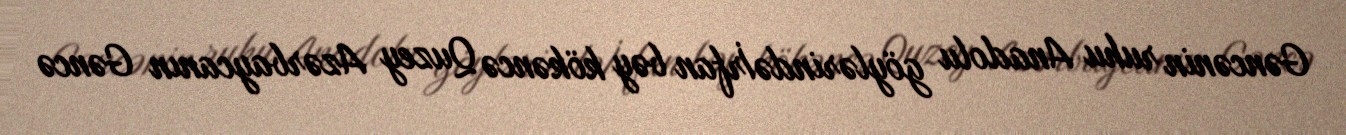
Gəncənin ruhu Anadolu göylərindəİrfan bəy kökəncə Quzey Azərbaycanın Gəncə